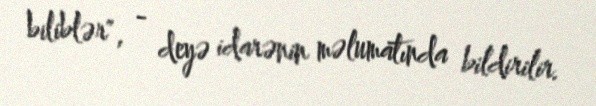
biliblər", - deyə idarənin məlumatında bildirilir.